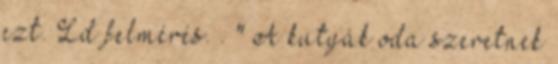
ezt. Ld felmérés. . " A kutyák oda szeretnek